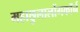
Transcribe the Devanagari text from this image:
महाछुलालोंगकॉर्न